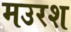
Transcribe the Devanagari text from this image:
मउरश